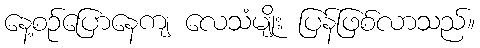
နေ့စဉ်ပြောနေကျ လေသံမျိုး ပြန်ဖြစ်လာသည်။